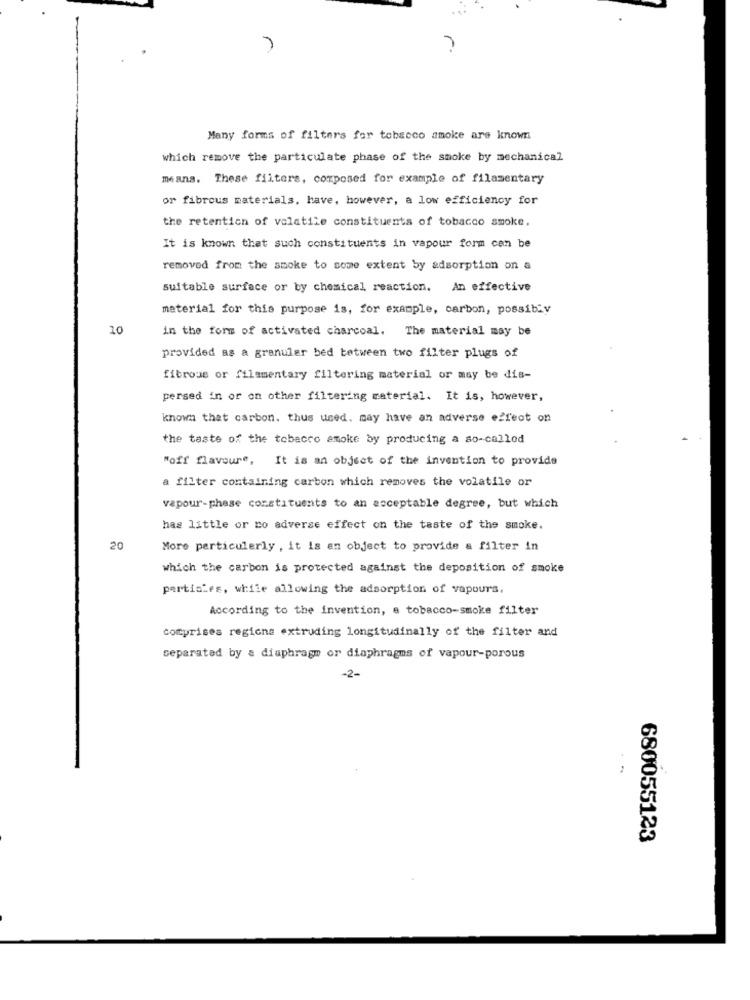
Many forms of filters for tobacco anoke are known
which remove the particulate phase of the smoke by mechanical
means. These filters, composed for example of filamentary
or fibrous materials, have, however, a low efficiency for
the retention of volatile constituents of tobacco smoke.
It is known that such constituents in vapour form can be
removed from the smoke to some extent by adsorption on a
suitable surface or by chemical reaction. An effective
material for this purpose is, for example, carbon, possibly
10
in the form of activated charcoal. The material may be
provided as a granuler bed between two filter plugs of
fibrous or filamentary filtering material or may be dis-
persed in or on other filtering material. It is, however,
known that carbon. thus used. may have an adverse effect on
the taste of the tobacco smoke by producing a so-called
"off flavour", It is an object of the invention to provide
a filter containing carbon which removes the volatile or
vapour-phase constituents to an acceptable degree, but which
has little or no adverse effect on the taste of the smoke.
20
More particularly , it is an object to provide a filter in
which the carbon is protected against the deposition of smoke
partisies, while allowing the adsorption of vapours,
According to the invention, a tobacco-smoke filter
comprises regione extruding longitudinally of the filter and
separated by & diaphragm or diaphragms of vapour-porous
-2-
680055123